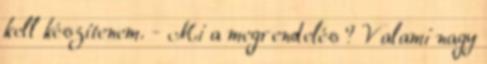
kell készítenem. - Mi a megrendelés ? Valami nagy